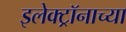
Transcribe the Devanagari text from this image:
इलेक्ट्रॉनाच्या